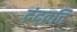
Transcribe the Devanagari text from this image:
द्रंद्व्रत्ति